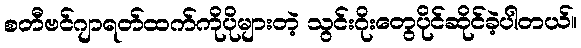
စတီဗင်ဂျာရတ်ထက်ကိုပိုများတဲ့ သွင်းဂိုးတွေပိုင်ဆိုင်ခဲ့ပါတယ်။